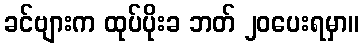
ခင်ဗျားက ထုပ်ပိုးခ ဘတ် ၂၀ပေးရမှာ။